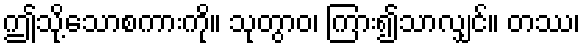
ဤသို့သောစကားကို။ သုတွာဝ၊ ကြား၍သာလျှင်။ တဿ၊